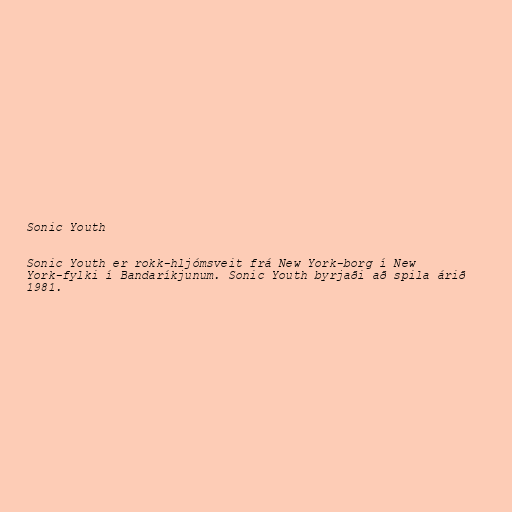
Sonic Youth

Sonic Youth er rokk-hljómsveit frá New York-borg í New
York-fylki í Bandaríkjunum. Sonic Youth byrjaði að spila árið
1981.